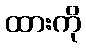
ထားကို